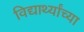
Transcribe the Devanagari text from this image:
विद्यार्थ्‍यांच्‍या